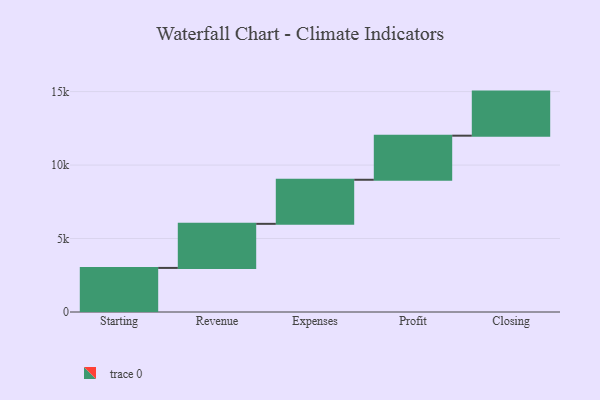
{"axis": {"x": "Step", "y": "Value"}, "legend": [""], "data": [{"x": "Starting", "y": 3000, "type": ""}, {"x": "Revenue", "y": 3000, "type": ""}, {"x": "Expenses", "y": 3000, "type": ""}, {"x": "Profit", "y": 3000, "type": ""}, {"x": "Closing", "y": 3000, "type": ""}]}